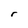
Character: r